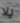
يلا